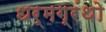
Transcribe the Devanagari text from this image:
धर्मग्रंथो